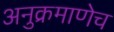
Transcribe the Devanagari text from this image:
अनुक्रमाणेच